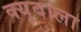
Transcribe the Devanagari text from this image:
क्यूबाला